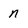
Character: n